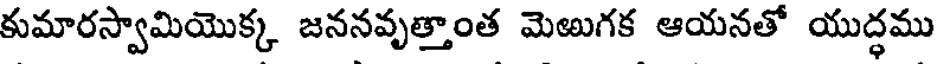
కుమారస్వామియొక్క జననవృత్తాంత మెఱుగక ఆయనతో యుద్ధము